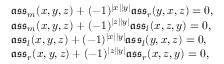
\begin{array} { r l } & { \mathfrak { a s s } _ { m } ( x , y , z ) + ( - 1 ) ^ { | x | | y | } \mathfrak { a s s } _ { r } ( y , x , z ) = 0 , } \\ & { \mathfrak { a s s } _ { m } ( x , y , z ) + ( - 1 ) ^ { | z | | y | } \mathfrak { a s s } _ { l } ( x , z , y ) = 0 , } \\ & { \mathfrak { a s s } _ { l } ( x , y , z ) + ( - 1 ) ^ { | x | | y | } \mathfrak { a s s } _ { l } ( y , x , z ) = 0 , } \\ & { \mathfrak { a s s } _ { r } ( x , y , z ) + ( - 1 ) ^ { | z | | y | } \mathfrak { a s s } _ { r } ( x , z , y ) = 0 , } \end{array}